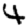
Digit: 4